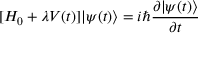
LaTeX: [ H _ { 0 } + \lambda V ( t ) ] | \psi ( t ) \rangle = i \hbar { \frac { \partial | \psi ( t ) \rangle } { \partial t } }